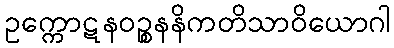
ဥက္ကောဋနဝဉ္စနနိကတိသာဝိယောဂါ